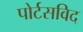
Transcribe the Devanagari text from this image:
पोर्टसविद